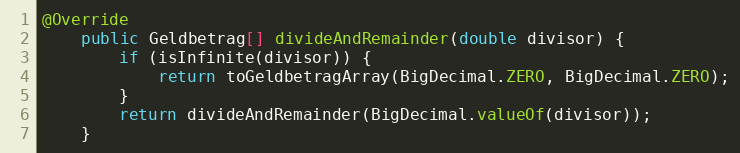
Language: Java
@Override
    public Geldbetrag[] divideAndRemainder(double divisor) {
        if (isInfinite(divisor)) {
            return toGeldbetragArray(BigDecimal.ZERO, BigDecimal.ZERO);
        }
        return divideAndRemainder(BigDecimal.valueOf(divisor));
    }